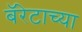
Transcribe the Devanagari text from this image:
बॅरेटाच्या